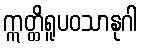
ဣတ္ထိရူပဝသာနုဂါ